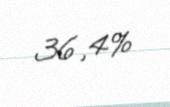
36,4%